Lunatic asylums Madras 1877-1891 - 1877-1891
Year: 1877
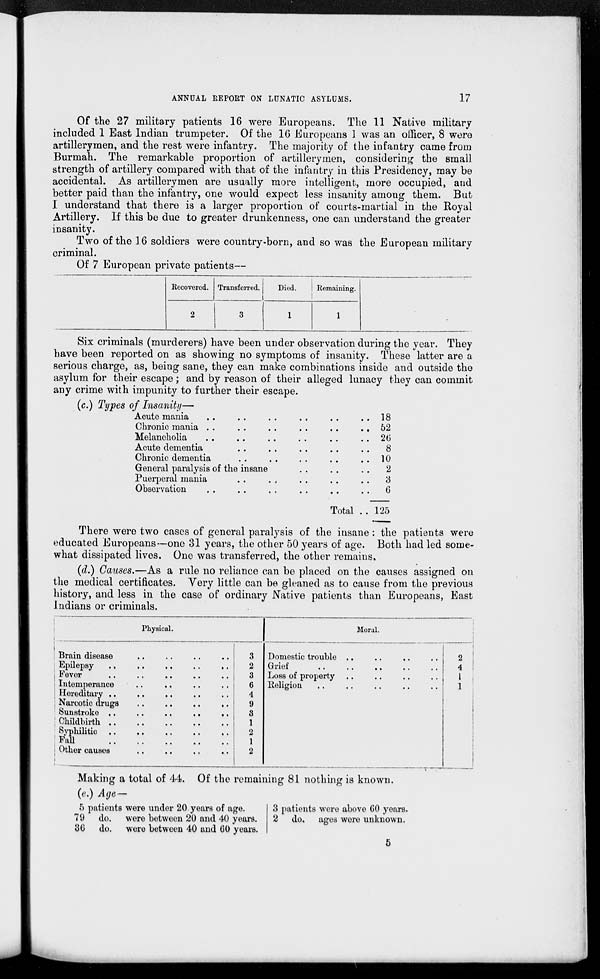
ANNUAL REPORT ON LUNATIC ASYLUMS.
17
Of the 27 military patients 16 were Europeans. The 11 Native military
included 1 East Indian trumpeter. Of the 16 Europeans 1 was an officer, 8 were
artillerymen, and the rest were infantry. The majority of the infantry came from
Burmah. The remarkable proportion of artillerymen, considering the small
strength of artillery compared with that of the infantry in this Presidency, may be
accidental. As artillerymen are usually more intelligent, more occupied, and
better paid than the infantry, one would expect less insanity among them. But
I understand that there is a larger proportion of courts-martial in the Royal
Artillery. If this be due to greater drunkenness, one can understand the greater
insanity.
Two of the 16 soldiers were country-born, and so was the European military
criminal.
Of 7 European private patients—
Recovered.
2
Transferred.
3
Died.
1
Remaining.
1
Six criminals (murderers) have been under observation during the year. They
have been reported on as showing no symptoms of insanity. These latter are a
serious charge, as, being sane, they can make combinations inside and outside the
asylum for their escape; and by reason of their alleged lunacy they can commit
any crime with impunity to further their escape.
(c.) Types of Insanity—
Acute mania .. .. .. .. .. ..
Chronic mania . .
. .
. .
. .
. .
..
Melancholia .. .. .. .. ..
Acute dementia .. .. .. .. ..
Chronic dementia .. .. .. ..
General paralysis of the insane .. .. ..
Puerperal mania .. .. .. .. ..
Observation .. .. .. .. ..
Total . .
18
52
26
8
10
2
3
6
125
There were two cases of general paralysis of the insane : the patients were
educated Europeans—one 31 years, the other 50 years of age. Both had led some-
what dissipated lives. One was transferred, the other remains.
(d.) Causes.—As a rule no reliance can be placed on the causes assigned on
the medical certificates. Very little can be gleaned as to cause from the previous
history, and less in the case of ordinary Native patients than Europeans, East
Indians or criminals.
Physical.
Brain disease .. .. .. ..
Epilepsy .. .. .. ..
Fever .. .. .. .. ..
Intemperance .. .. .. .. ..
Hereditary .. .. .. .. ..
Narcotic drugs
..
..
..
..
Sunstroke ..
..
..
..
..
Childbirth
..
..
..
..
..
Syphilitic .. .. .. .. ..
Fall
..
..
..
..
..
Other causes .. .. .. ..
3
2
3
6
4
9
3
1
2
1
2
Moral.
Domestic trouble .. .. .. ..
Grief .. .. .. .. ..
Loss of property .. .. .. ..
Religion .. .. .. .. ..
2
4
1
1
Making a total of 44. Of the remaining 81 nothing is known.
(e.) Age—
5 patients were under 20 years of age.
79 do. were between 20 and 40 years.
36 do. were between 40 and 60 years.
3 patients were above 60 years.
2 do. ages were unknown.
5